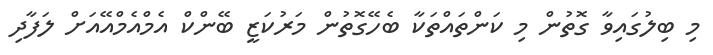
މި ބިލުގައިވާ ގޮތުން މި ކަންތައްތަކާ ބެހޭގޮތުން މަރުކަޒީ ބޭންކް އެމްއެމްއޭއަށް ލަފާދި